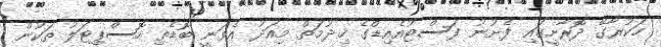
ހަކުރާގޭ ދޮރާށީގައި ފެށުނު ފަސްޓުއެއިޑްގެ ޚިދުމަތް މިއަދު އެވަނީ ބޮޑެތި ހޮސްޕިޓަލު ތަކުން